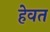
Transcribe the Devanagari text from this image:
हेवत